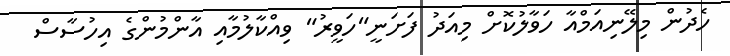
ހެދުން މިލޭނިއަމްއާ ހަވާލުކޮށް މިއަދު ފަށަނީ"ހަވީރު" ވިއްކާލުމާއި އާންމުންގެ އިހުސާސް